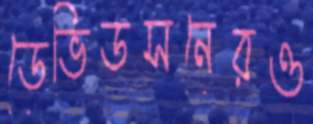
ডেভিডসনেরও